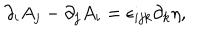
LaTeX: \partial _ { i } A _ { j } - \partial _ { j } A _ { i } = \epsilon _ { i j k } \partial _ { k } \eta ,